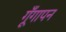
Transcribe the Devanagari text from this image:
गूँगापन